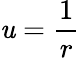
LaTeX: \mathit{u}={\frac{{1}}{{r}}}